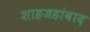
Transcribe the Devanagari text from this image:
शाहजहांबाद